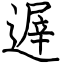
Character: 遟